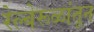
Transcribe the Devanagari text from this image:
रेल्वेरूळांतून